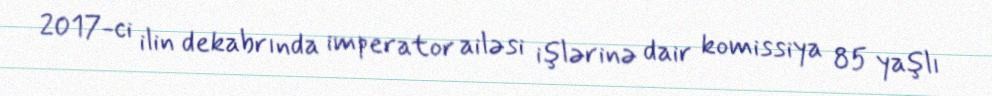
2017-ci ilin dekabrında imperator ailəsi işlərinə dair komissiya 85 yaşlı